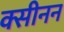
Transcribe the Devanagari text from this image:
क्सीनन